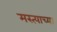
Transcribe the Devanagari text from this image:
मस्त्याच्या